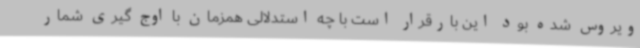
ویروس شده بود این بارقرار است با چه استدلالی همزمان با اوج گیری شمار